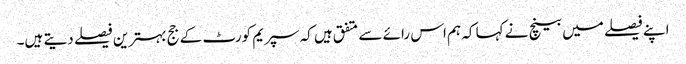
اپنے فیصلے میں بینچ نے کہا کہ ہم اس رائے سے متفق ہیں کہ سپریم کورٹ کے جج بہترین فیصلے دیتے ہیں۔